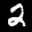
Label: 2